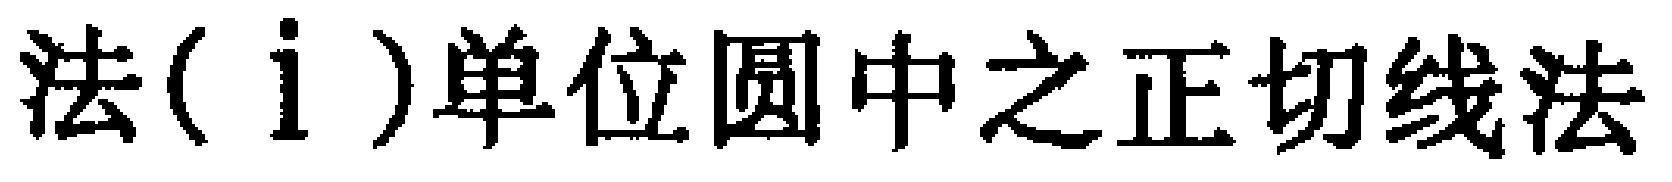
法(\mathrm{i})单位圆中之正切线法